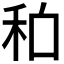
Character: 𱵽